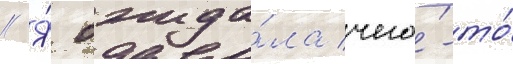
// Я́ ожида́ла чего́-то́